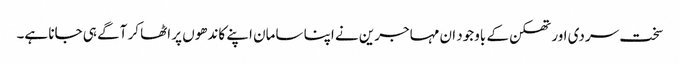
سخت سردی اور تھکن کے باوجود ان مہاجرین نے اپنا سامان اپنے کاندھوں پر اٹھا کر آگے ہی جانا ہے۔